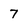
Character: 7